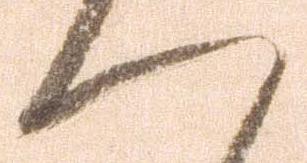
つ